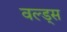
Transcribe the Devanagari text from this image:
वल्ड्स